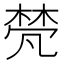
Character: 𬃕